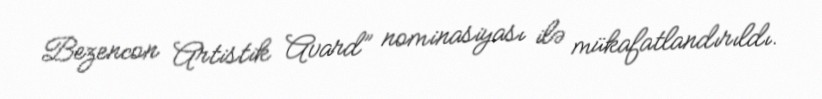
Bezencon Artistik Avard” nominasiyası ilə mükafatlandırıldı.